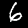
Label: 6